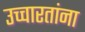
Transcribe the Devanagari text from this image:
उच्चारतांना